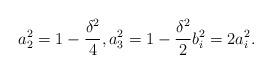
LaTeX: \begin{align*} a_2^2 = 1 - \frac{\delta^2}{4}, a_3^2 = 1 - \frac{\delta^2}{2} b_i^2 = 2 a_i^2 .\end{align*}